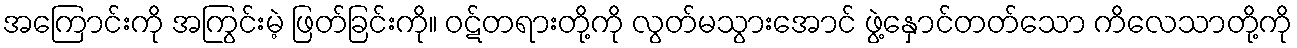
အကြောင်းကို အကြွင်းမဲ့ ဖြတ်ခြင်းကို။ ဝဋ်တရားတို့ကို လွတ်မသွားအောင် ဖွဲ့နှောင်တတ်သော ကိလေသာတို့ကို